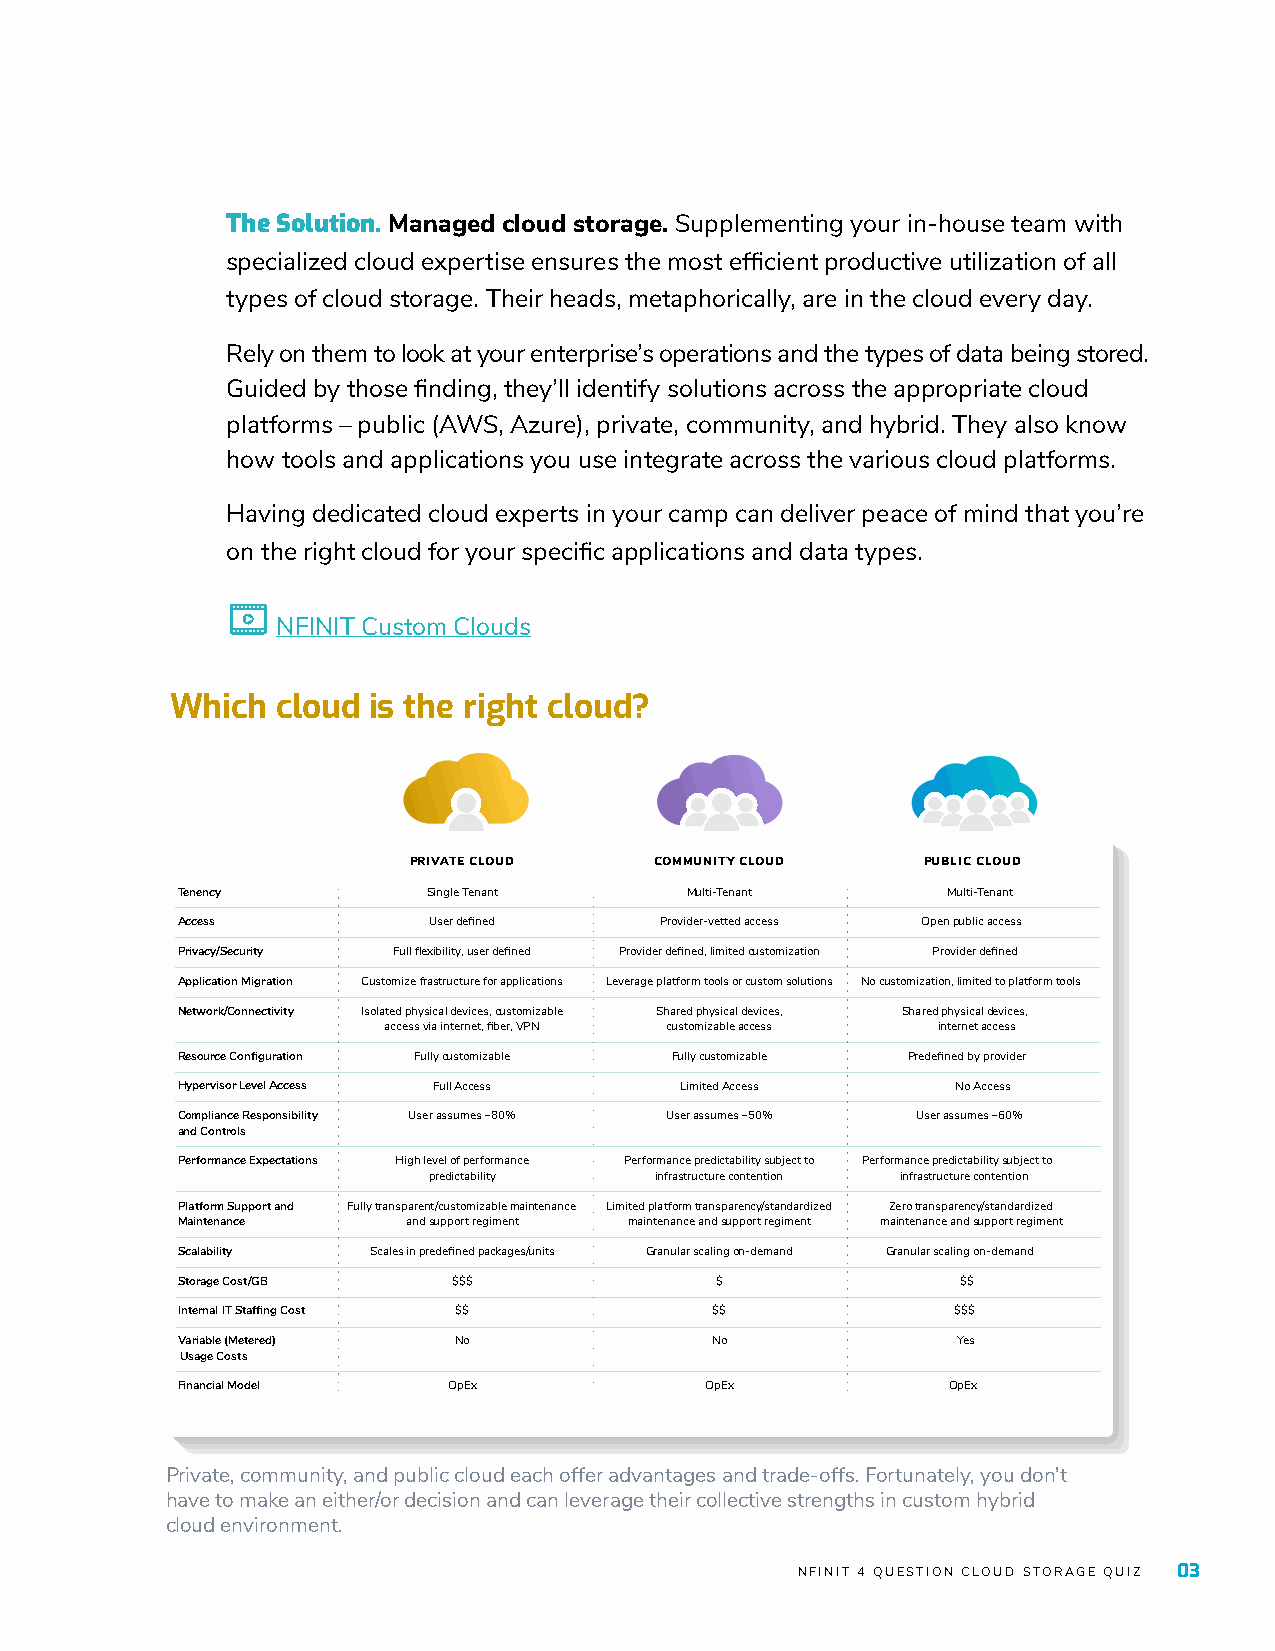
The Solution. Managed cloud storage. Supplementing your in-house team with
 specialized cloud expertise ensures the most efficient productive utilization of all
 types of cloud storage. Their heads, metaphorically, are in the cloud every day.
 Rely on them to look at your enterprise’s operations and the types of data being stored.
 Guided by those finding, they’ll identify solutions across the appropriate cloud
 platforms – public (AWS, Azure), private, community, and hybrid. They also know
 how tools and applications you use integrate across the various cloud platforms.
 Having dedicated cloud experts in your camp can deliver peace of mind that you’re
 on the right cloud for your specific applications and data types.
 NFINIT Custom Clouds
 Which  cloud is the right cloud?
 PRIVATE CLOUD   COMMUNITY CLOUD   PUBLIC CLOUD
 Tenency         Single Tenant    Multi-Tenant      Multi-Tenant
 Access          User defined    Provider-vetted access Open public access
 Privacy/Security Full flexibility, user defined Provider defined, limited customization Provider defined
 Application Migration Customize frastructure for applications Leverage platform tools or custom solutions No customization, limited to platform tools
 Network/Connectivity Isolated physical devices, customizable Shared physical devices, Shared physical devices,
 access via internet, fiber, VPN customizable access internet access
 Resource Configuration Fully customizable Fully customizable Predefined by provider
 Hypervisor Level Access Full Access Limited Access No Access
 Compliance Responsibility User assumes ~80% User assumes ~50% User assumes ~60%
 and Controls
 Performance Expectations High level of performance Performance predictability subject to Performance predictability subject to
 predictability infrastructure contention infrastructure contention
 Platform Support and Fully transparent/customizable maintenance Limited platform transparency/standardized Zero transparency/standardized
 Maintenance    and support regiment maintenance and support regiment maintenance and support regiment
 Scalability Scales in predefined packages/units Granular scaling on-demand Granular scaling on-demand
 Storage Cost/GB   $$$              $                $$
 Internal IT Staffing Cost $$       $$              $$$
 Variable (Metered) No              No              Yes
 Usage Costs
 Financial Model   OpEx             OpEx            OpEx
 Private, community, and public cloud each offer advantages and trade-offs. Fortunately, you don’t
 have to make an either/or decision and can leverage their collective strengths in custom hybrid
 cloud environment.
 NFINIT 4 QUESTION CLOUD STORAGE QUIZ 03